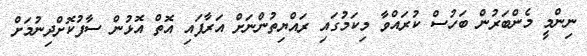
ނިންމީ މެންބަރުން ބަހުސް ކުރައްވާ މިކަމުގައި ރައްޔިތުންނަށް އަރާފައި އޮތް އޮޅުން ސާފުކޮށްދިނުމަށް